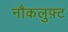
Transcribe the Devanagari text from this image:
नौकलुफ़्ट